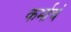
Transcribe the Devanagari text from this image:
कर्माचं